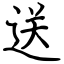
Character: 送